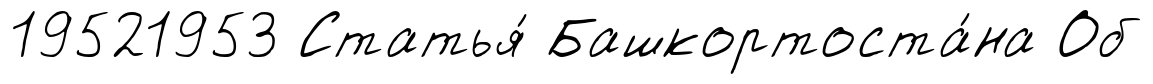
19521953 Статья́ Башкортоста́на Об